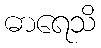
ဓာရေသိ